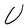
Character: U